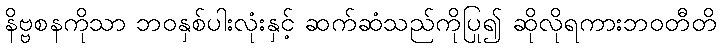
နိဗ္ဗစနကိုသာ ဘဝနှစ်ပါးလုံးနှင့် ဆက်ဆံသည်ကိုပြု၍ ဆိုလိုရကားဘဝတီတိ